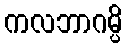
ကလဘာဂမ္ပိ